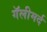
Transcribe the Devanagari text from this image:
गॅलीमर्द